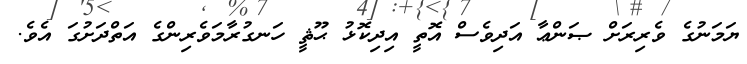
ޔަމަނުގެ ވެރިރަށް ޞަންޢާ އަދިވެސް އޮތީ އިދިކޮޅު ޙޫޘީ ހަނގުރާމަވެރިންގެ އަތްދަށުގަ އެވެ.